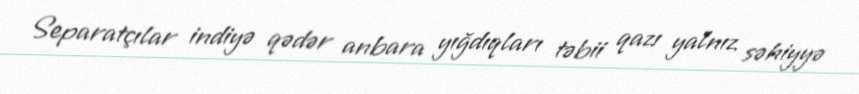
Separatçılar indiyə qədər anbara yığdıqları təbii qazı yalnız səhiyyə